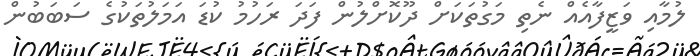
ލުމާއި ވަޒީފާއެއް ނެތި މަގުތަކަށް ދޫކޮށްލުން ފަދަ ރަހުމު ކުޑަ އަމަލުތަކުގެ ސަބަބުން